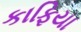
કાફિયા